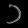
Digit: ၁